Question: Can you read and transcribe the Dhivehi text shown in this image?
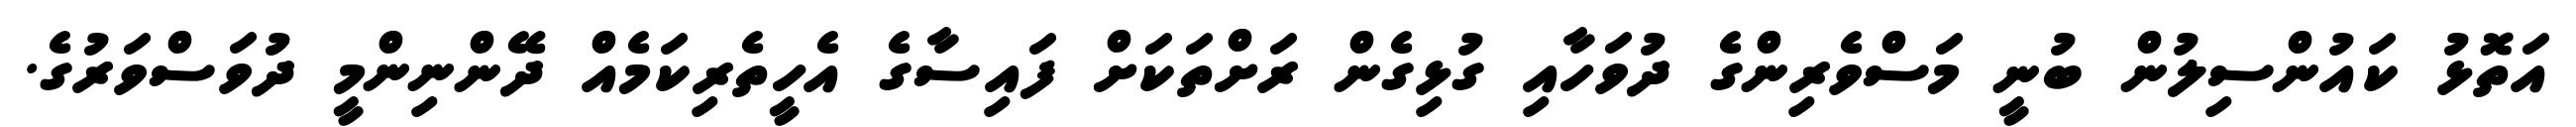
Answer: އަތޮޅު ކައުންސިލުން ބުނީ މަސްވެރިންގެ ދުވަހާއި ގުޅިގެން ރަށްތަކަށް ފައިސާގެ އެހީތެރިކަމެއް ދޭންނިންމީ ދުވަސްވަރުގެ.